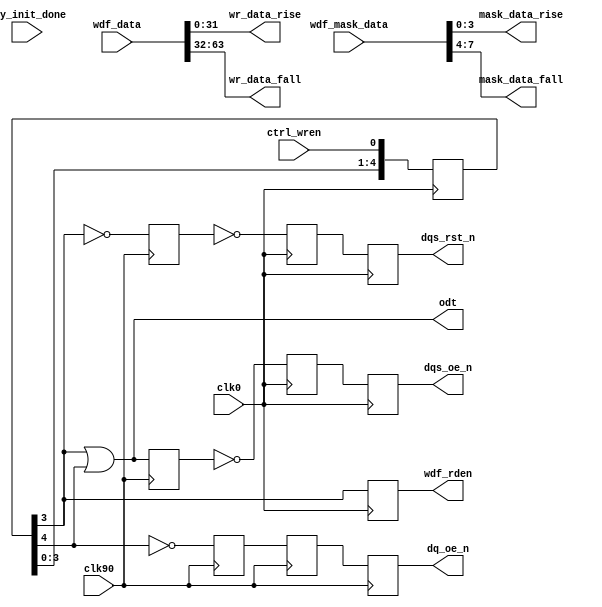
//-----------------------------------------------------------------------------
//-- (c) Copyright 2006 - 2009 Xilinx, Inc. All rights reserved.
//--
//-- This file contains confidential and proprietary information
//-- of Xilinx, Inc. and is protected under U.S. and
//-- international copyright and other intellectual property
//-- laws.
//--
//-- DISCLAIMER
//-- This disclaimer is not a license and does not grant any
//-- rights to the materials distributed herewith. Except as
//-- otherwise provided in a valid license issued to you by
//-- Xilinx, and to the maximum extent permitted by applicable
//-- law: (1) THESE MATERIALS ARE MADE AVAILABLE "AS IS" AND
//-- WITH ALL FAULTS, AND XILINX HEREBY DISCLAIMS ALL WARRANTIES
//-- AND CONDITIONS, EXPRESS, IMPLIED, OR STATUTORY, INCLUDING
//-- BUT NOT LIMITED TO WARRANTIES OF MERCHANTABILITY, NON-
//-- INFRINGEMENT, OR FITNESS FOR ANY PARTICULAR PURPOSE; and
//-- (2) Xilinx shall not be liable (whether in contract or tort,
//-- including negligence, or under any other theory of
//-- liability) for any loss or damage of any kind or nature
//-- related to, arising under or in connection with these
//-- materials, including for any direct, or any indirect,
//-- special, incidental, or consequential loss or damage
//-- (including loss of data, profits, goodwill, or any type of
//-- loss or damage suffered as a result of any action brought
//-- by a third party) even if such damage or loss was
//-- reasonably foreseeable or Xilinx had been advised of the
//-- possibility of the same.
//--
//-- CRITICAL APPLICATIONS
//-- Xilinx products are not designed or intended to be fail-
//-- safe, or for use in any application requiring fail-safe
//-- performance, such as life-support or safety devices or
//-- systems, Class III medical devices, nuclear facilities,
//-- applications related to the deployment of airbags, or any
//-- other applications that could lead to death, personal
//-- injury, or severe property or environmental damage
//-- (individually and collectively, "Critical
//-- Applications"). Customer assumes the sole risk and
//-- liability of any use of Xilinx products in Critical
//-- Applications, subject only to applicable laws and
//-- regulations governing limitations on product liability.
//--
//-- THIS COPYRIGHT NOTICE AND DISCLAIMER MUST BE RETAINED AS
//-- PART OF THIS FILE AT ALL TIMES.
//-----------------------------------------------------------------------------
//Device: Any
//Purpose: Write logic of Static Phy for MPMC
//Reference:
//Revision History:
//
//-----------------------------------------------------------------------------

`timescale 1ns/1ps

//-----------------------------------------------------------------------------
// Module name:      static_phy_write
// Description:      Produces write related signals.
// Verilog-standard: Verilog 2001
//-----------------------------------------------------------------------------
module static_phy_write #
  (
   parameter integer WDF_RDEN_EARLY = 0,
   parameter integer WDF_RDEN_WIDTH = 1,
   parameter integer DQ_WIDTH       = 32,
   parameter integer DM_WIDTH       = 4,
   parameter integer ADDITIVE_LAT   = 0,
   parameter integer CAS_LAT        = 5,
   parameter integer ECC_ENABLE     = 0,
   parameter integer REG_ENABLE     = 0,
   parameter integer DDR2_ENABLE    = 1,
   parameter integer ODT_TYPE       = 1
   )
  (
   input  wire                             clk0,
   input  wire                             clk90,
   input  wire [(2*DQ_WIDTH)-1:0]          wdf_data,
   input  wire [(2*DM_WIDTH)-1:0]          wdf_mask_data,
   input  wire                             ctrl_wren,
   input  wire                             phy_init_done,
   output wire                             dq_oe_n,
   output wire                             dqs_oe_n,
   output wire                             dqs_rst_n,
   output wire [WDF_RDEN_WIDTH-1:0]        wdf_rden,
   output wire                             odt,
   output wire [DQ_WIDTH-1:0]              wr_data_rise,
   output wire [DQ_WIDTH-1:0]              wr_data_fall,
   output wire [DM_WIDTH-1:0]              mask_data_rise,
   output wire [DM_WIDTH-1:0]              mask_data_fall   
   );
   
  // (MIN,MAX) value of WR_LATENCY for DDR1:
  //   REG_ENABLE   = (0,1)
  //   ECC_ENABLE   = (0,1)
  //   Write latency = 1
  //   Total: (1,3)
  // (MIN,MAX) value of WR_LATENCY for DDR2:
  //   REG_ENABLE   = (0,1)
  //   ECC_ENABLE   = (0,1)
  //   Write latency = ADDITIVE_CAS + CAS_LAT - 1 = (0,4) + (3,5) - 1 = (2,8)
  //     ADDITIVE_LAT = (0,4) (JEDEC79-2B)
  //     CAS_LAT      = (3,5) (JEDEC79-2B)
  //   Total: (2,10) 
  localparam WR_LATENCY = (DDR2_ENABLE) ? 
             (1 + ADDITIVE_LAT + (CAS_LAT-1) + REG_ENABLE + ECC_ENABLE + ECC_ENABLE) : 
             (2 + REG_ENABLE + ECC_ENABLE + ECC_ENABLE);
   
   wire                     dq_oe_0;
   reg                      dq_oe_n_90_r1 = 0;
   reg                      dq_oe_n_90_r2 = 0;
   reg                      dq_oe_n_270 = 0;
   wire                     dqs_oe_0;
   reg                      dqs_oe_n_180_r1 = 0;
   reg                      dqs_oe_n_180_r2 = 0;
   reg                      dqs_oe_270 = 0;
   wire                     dqs_rst_0;
   reg                      dqs_rst_n_180_r1 = 0;
   reg                      dqs_rst_n_180_r2 = 0;
   reg                      dqs_rst_270 = 0;
   wire                     odt_0;
   reg                      phy_init_done_r = 0;
   wire                     wdf_rden_0;
   reg [WDF_RDEN_WIDTH-1:0] wdf_rden_0_r1 = 0;
   reg [10:0]               wr_stages = 0;

  //***************************************************************************
  // Analysis of additional pipeline delays:
  //   1. dq_oe (DQ 3-state): 1 CLK90 cyc in IOB 3-state FF
  //   2. dqs_oe (DQS 3-state): 1 CLK180 cyc in IOB 3-state FF
  //   3. dqs_rst (DQS output value reset): 1 CLK180 cyc in FF + 1 CLK180 cyc
  //      in IOB DDR
  //   4. odt (ODT control): 1 CLK0 cyc in IOB FF
  //   5. write data (output two cyc after wdf_rden - output of RAMB_FIFO w/
  //      output register enabled): 2 CLK90 cyc in OSERDES
  //***************************************************************************

  // DQS 3-state must be asserted one extra clock cycle due b/c of write
  // pre- and post-amble (extra half clock cycle for each)
  assign dqs_oe_0      = wr_stages[WR_LATENCY-1] | wr_stages[WR_LATENCY];

  // same goes for ODT, need to handle both pre- and post-amble (generate
  // ODT only for DDR2)
  generate
    if (DDR2_ENABLE) begin: gen_odt_ddr2
      assign odt_0 = (ODT_TYPE == 0) ? 1'b0 : 
                     (REG_ENABLE == 0) ?  (wr_stages[WR_LATENCY-1] | wr_stages[WR_LATENCY]) : 
                     (wr_stages[WR_LATENCY-2] | wr_stages[WR_LATENCY-1]);
    end else begin: gen_odt_ddr1
       assign odt_0 = 1'b0;
    end
  endgenerate
    
  assign dq_oe_0       = wr_stages[WR_LATENCY];
  assign dqs_rst_0     = ~wr_stages[WR_LATENCY-1];
  generate 
    if (WDF_RDEN_EARLY==1) begin: gen_wdf_rden_early
      assign wdf_rden_0    = wr_stages[WR_LATENCY-2-ECC_ENABLE-ECC_ENABLE];
    end
    else begin: gen_wdf_rden_normal
      assign wdf_rden_0    = wr_stages[WR_LATENCY-1-ECC_ENABLE-ECC_ENABLE];
    end
  endgenerate

  always@(posedge clk0)
    phy_init_done_r <= phy_init_done;
  
  // first stage isn't registered
  always @(*)
    wr_stages[0] <= ctrl_wren;
  // synthesis attribute max_fanout of wr_stages is 1
  always @(posedge clk0) begin
    wr_stages[1] <= wr_stages[0];
    wr_stages[2] <= wr_stages[1];
    wr_stages[3] <= wr_stages[2];
    wr_stages[4] <= wr_stages[3];
    wr_stages[5] <= wr_stages[4];
    wr_stages[6] <= wr_stages[5];
    wr_stages[7] <= wr_stages[6];
    wr_stages[8] <= wr_stages[7];
    wr_stages[9] <= wr_stages[8];
    wr_stages[10] <= wr_stages[9];
  end

  // intermediate synchronization to CLK270
  // synthesis attribute max_fanout of  dq_oe_n_270 is 1
  // synthesis attribute max_fanout of  dqs_oe_270 is 1
  always @(negedge clk90) begin
    dq_oe_n_270       <= ~dq_oe_0;
    dqs_oe_270        <= dqs_oe_0;
    dqs_rst_270       <= dqs_rst_0;
  end

  // synchronize DQS signals to CLK180
  // synthesis attribute max_fanout of dqs_oe_n_180_r1 is 1
  // synthesis attribute max_fanout of dqs_rst_n_180_r1 is 1
  always @(negedge clk0) begin
    dqs_oe_n_180_r1  <= ~dqs_oe_270;
    dqs_oe_n_180_r2  <= dqs_oe_n_180_r1;
    dqs_rst_n_180_r1 <= ~dqs_rst_270;
    dqs_rst_n_180_r2 <= dqs_rst_n_180_r1;
  end

  // All write data-related signals synced to CLK90
  // synthesis attribute max_fanout of dq_oe_n_90_r1 is 1  
  always @(posedge clk90) begin
    dq_oe_n_90_r1  <= dq_oe_n_270;
    dq_oe_n_90_r2  <= dq_oe_n_90_r1;
  end

  always @(posedge clk0) begin
    wdf_rden_0_r1  <= {WDF_RDEN_WIDTH{wdf_rden_0}};
  end
   
  //***************************************************************************

  // synthesis attribute max_fanout of dq_oe_n is 1
  assign dq_oe_n   = dq_oe_n_90_r2;
 // synthesis attribute max_fanout of dqs_oe_n is 1  
  assign dqs_oe_n  = dqs_oe_n_180_r2;
  assign dqs_rst_n = dqs_rst_n_180_r2;
  assign odt       = odt_0;
  assign wdf_rden  = wdf_rden_0_r1;

  //***************************************************************************
  // Format write data/mask: Data is in format: {fall, rise}
  //***************************************************************************
  
  assign wr_data_rise = wdf_data[DQ_WIDTH-1:0];
  assign wr_data_fall = wdf_data[(2*DQ_WIDTH)-1:DQ_WIDTH];  
  assign mask_data_rise = wdf_mask_data[DM_WIDTH-1:0];
  assign mask_data_fall = wdf_mask_data[(2*DM_WIDTH)-1:DM_WIDTH];
     
endmodule // static_phy_write